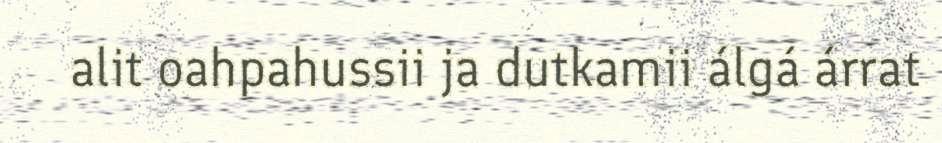
alit oahpahussii ja dutkamii álgá árrat